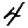
Digit: 4